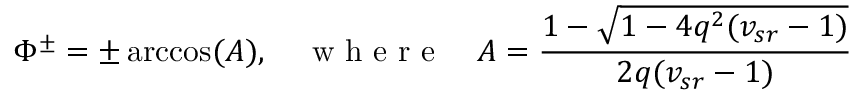
\Phi ^ { \pm } = \pm \operatorname { a r c c o s } ( A ) , \quad \mathrm { ~ w ~ h ~ e ~ r ~ e ~ } \quad A = \cfrac { 1 - \sqrt { 1 - 4 q ^ { 2 } ( v _ { s r } - 1 ) } } { 2 q ( v _ { s r } - 1 ) }